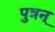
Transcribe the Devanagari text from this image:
पुत्रन्